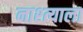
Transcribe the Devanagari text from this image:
नाश्त्याला